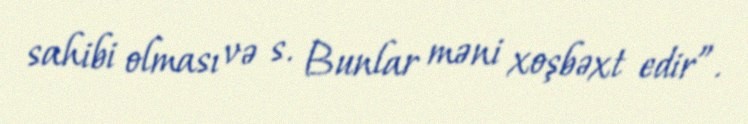
sahibi olması və s. Bunlar məni xoşbəxt edir”.